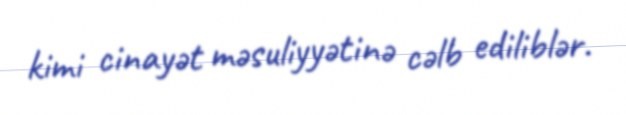
kimi cinayət məsuliyyətinə cəlb ediliblər.